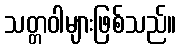
သတ္တဝါများဖြစ်သည်။